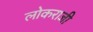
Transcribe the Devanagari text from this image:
लोकराजी